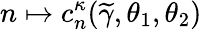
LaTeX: n\mapsto c_{n}^{\kappa}(\widetilde{\gamma},\theta_{1},\theta_{2})